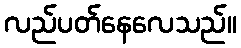
လည်ပတ်နေလေသည်။